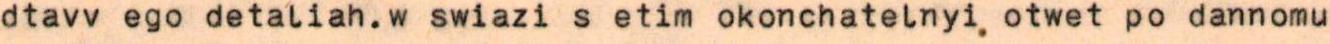
dtavv ego detaliah.w swiazi s etim okonchatelnyi. otwet po dannomu